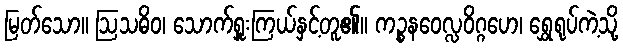
မြတ်သော။ ဩသဓိဝ၊ သောက်ရှူးကြယ်နှင့်တူ၏။ ကဉ္စနဝေလ္လဝိဂ္ဂဟေ၊ ရွှေရုပ်ကဲ့သို့